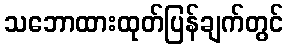
သဘောထားထုတ်ပြန်ချက်တွင်